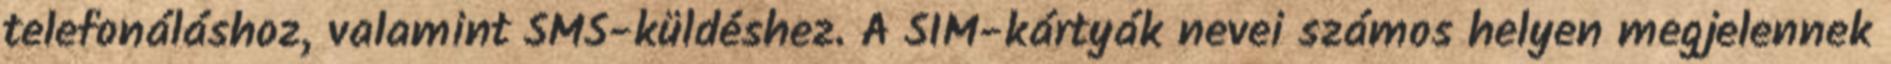
telefonáláshoz, valamint SMS-küldéshez. A SIM-kártyák nevei számos helyen megjelennek